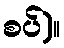
စပ်)။